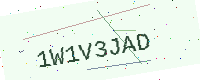
Text: 1W1V3JAD